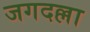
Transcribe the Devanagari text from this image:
जगदल्ला